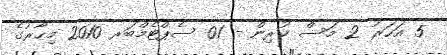
5 އަހަރު 2 މަސް ކުރިން - 01 ސެޕްޓެމްބަރ 2010 މިހާރުގެ